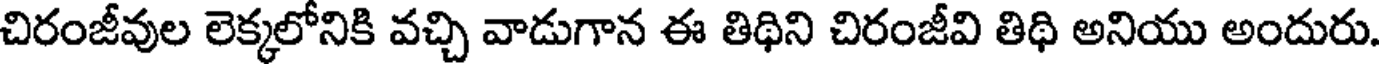
చిరంజీవుల లెక్కలోనికి వచ్చి వాడుగాన ఈ తిథిని చిరంజీవి తిథి అనియు అందురు.